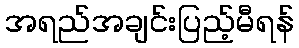
အရည်အချင်းပြည့်မီရန်